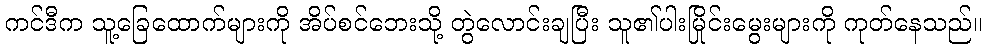
ကင်ဒီက သူ့ခြေထောက်များကို အိပ်စင်ဘေးသို့ တွဲလောင်းချပြီး သူ၏ပါးမြိုင်းမွေးများကို ကုတ်နေသည်။